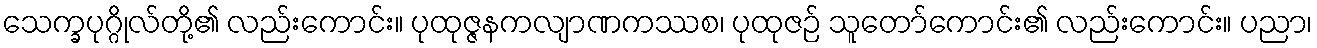
သေက္ခပုဂ္ဂိုလ်တို့၏ လည်းကောင်း။ ပုထုဇ္ဇနကလျာဏကဿစ၊ ပုထုဇဉ် သူတော်ကောင်း၏ လည်းကောင်း။ ပညာ၊